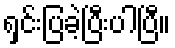
ရှင်းပြခဲ့ပြီးပါပြီ။